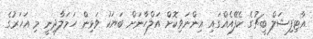
އާޓިފިޝަލް ބީޗުގެ ކެފޭއެއްގައި އިންނަވިކޮށް އަލްހާނަށް ބަޔަކު ވަޅިން ހަމަލާދިނީ މި އަހަރުގެ